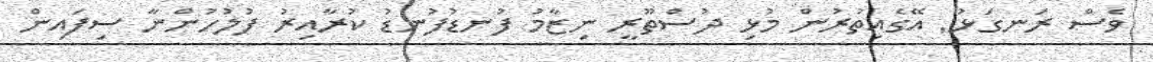
ވެސް ރަނގަޅު